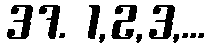
37. 1,2,3,...